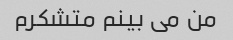
من می بینم متشکرم